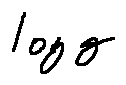
\log g